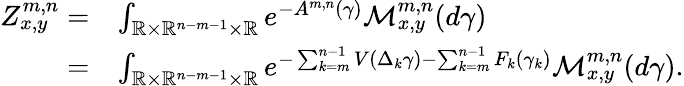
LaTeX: \begin{array}{rl}{Z_{x,y}^{m,n}=}&{\int_{\mathbb{R}\times\mathbb{R}^{n-m-1}\times\mathbb{R}}e^{-A^{m,n}(\gamma)}\mathcal{M}_{x,y}^{m,n}(d\gamma)}\\ {=}&{\int_{\mathbb{R}\times\mathbb{R}^{n-m-1}\times\mathbb{R}}e^{-\sum_{k=m}^{n-1}V(\Delta_{k}\gamma)-\sum_{k=m}^{n-1}F_{k}(\gamma_{k})}\mathcal{M}_{x,y}^{m,n}(d\gamma).}\end{array}